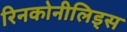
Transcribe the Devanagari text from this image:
रिनकोनीलिड्स